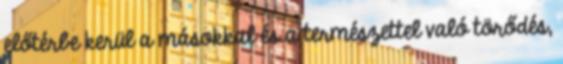
előtérbe kerül a másokkal és a természettel való törődés,